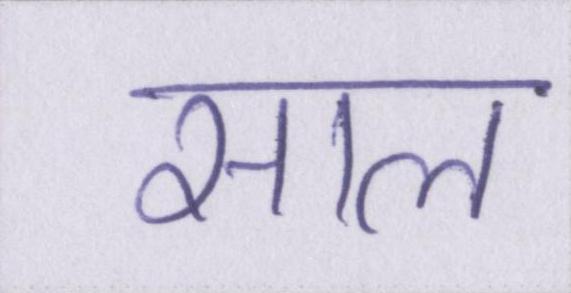
साल